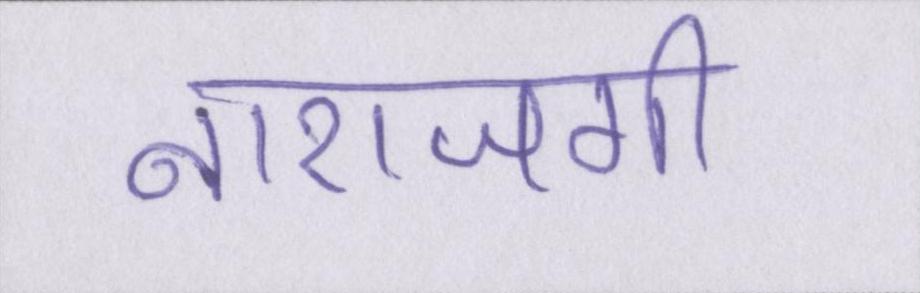
नाराजगी